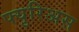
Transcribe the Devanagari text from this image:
फ्युरिअस